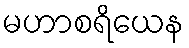
မဟာစရိယေန